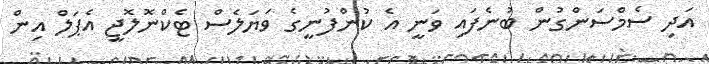
އަދި ސެމްސަންގުން ބުނެފައި ވަނީ އެ ކުންފުނީގެ ވަޔަލެސް ޓެކްނޮލޮޖީ އެޕަލް އިން